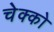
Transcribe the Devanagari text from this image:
चेक्को